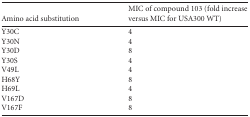
<table><thead><tr><td><b>Amino acid substitution</b></td><td><b>MIC of compound 103 (fold increaseversus MIC for USA300 WT)</b></td></tr></thead><tbody><tr><td>Y30C</td><td>4</td></tr><tr><td>Y30N</td><td>4</td></tr><tr><td>Y30D</td><td>8</td></tr><tr><td>Y30S</td><td>4</td></tr><tr><td>V49L</td><td>4</td></tr><tr><td>H68Y</td><td>8</td></tr><tr><td>H69L</td><td>4</td></tr><tr><td>V167D</td><td>8</td></tr><tr><td>V167F</td><td>8</td></tr></tbody></table>